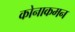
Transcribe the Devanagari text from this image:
कोनाकमन